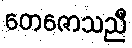
တေဇောသညီ